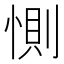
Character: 惻